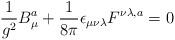
LaTeX: \begin{align*}\frac{1}{g^{2}} B^{a}_{\mu} + \frac{1}{8\pi}\epsilon_{\mu\nu\lambda}F^{\nu\lambda, a} = 0 \end{align*}